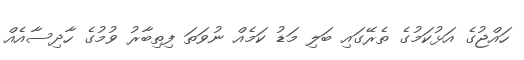
ހައްޖުގެ އަޅުކަމުގެ ތެރޭގައި ބަލި މަޑު ކަމެއް ނުވަތަ ފިތިބާރު ވުމުގެ ހާދިސާއެއް